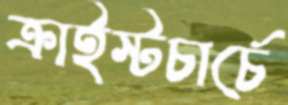
ক্রাইস্টচার্চে